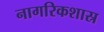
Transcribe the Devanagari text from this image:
नागरिकशास्र